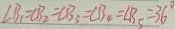
\angle B _ { 1 } = \angle B _ { 2 } = \angle B _ { 3 } = \angle B _ { 4 } = \angle B _ { 5 } = 3 6 ^ { \circ }